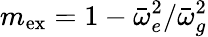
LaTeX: m_{\mathrm{ex}}=1-\bar{\omega}_{e}^{2}/\bar{\omega}_{g}^{2}